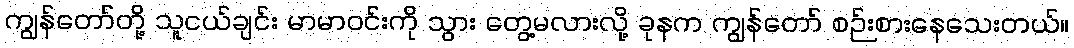
ကျွန်တော်တို့ သူငယ်ချင်း မာမာဝင်းကို သွား တွေ့မလားလို့ ခုနက ကျွန်တော် စဉ်းစားနေသေးတယ်။